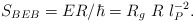
\begin{align*}S_{BEB} = ER/\hbar = R_g~ R ~l_P^{-2}.\end{align*}